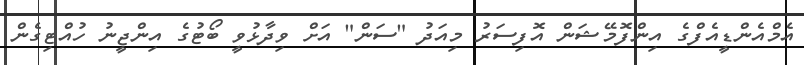
އެމްއެންޑީއެފްގެ އިންފޮމޭޝަން އޮފިސަރު މިއަދު "ސަން" އަށް ވިދާޅުވީ ބޯޓުގެ އިންޖީނު ހުއްޓިގެން